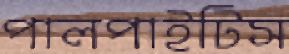
পালপাইটিস